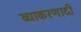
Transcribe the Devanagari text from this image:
व्याकरणादी